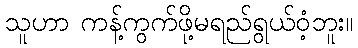
သူဟာ ကန့်ကွက်ဖို့မရည်ရွယ်ဝံ့ဘူး။